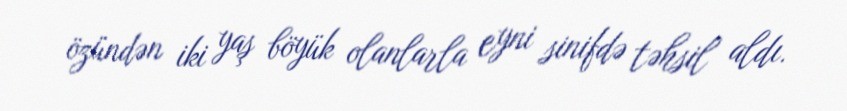
özündən iki yaş böyük olanlarla eyni sinifdə təhsil aldı.